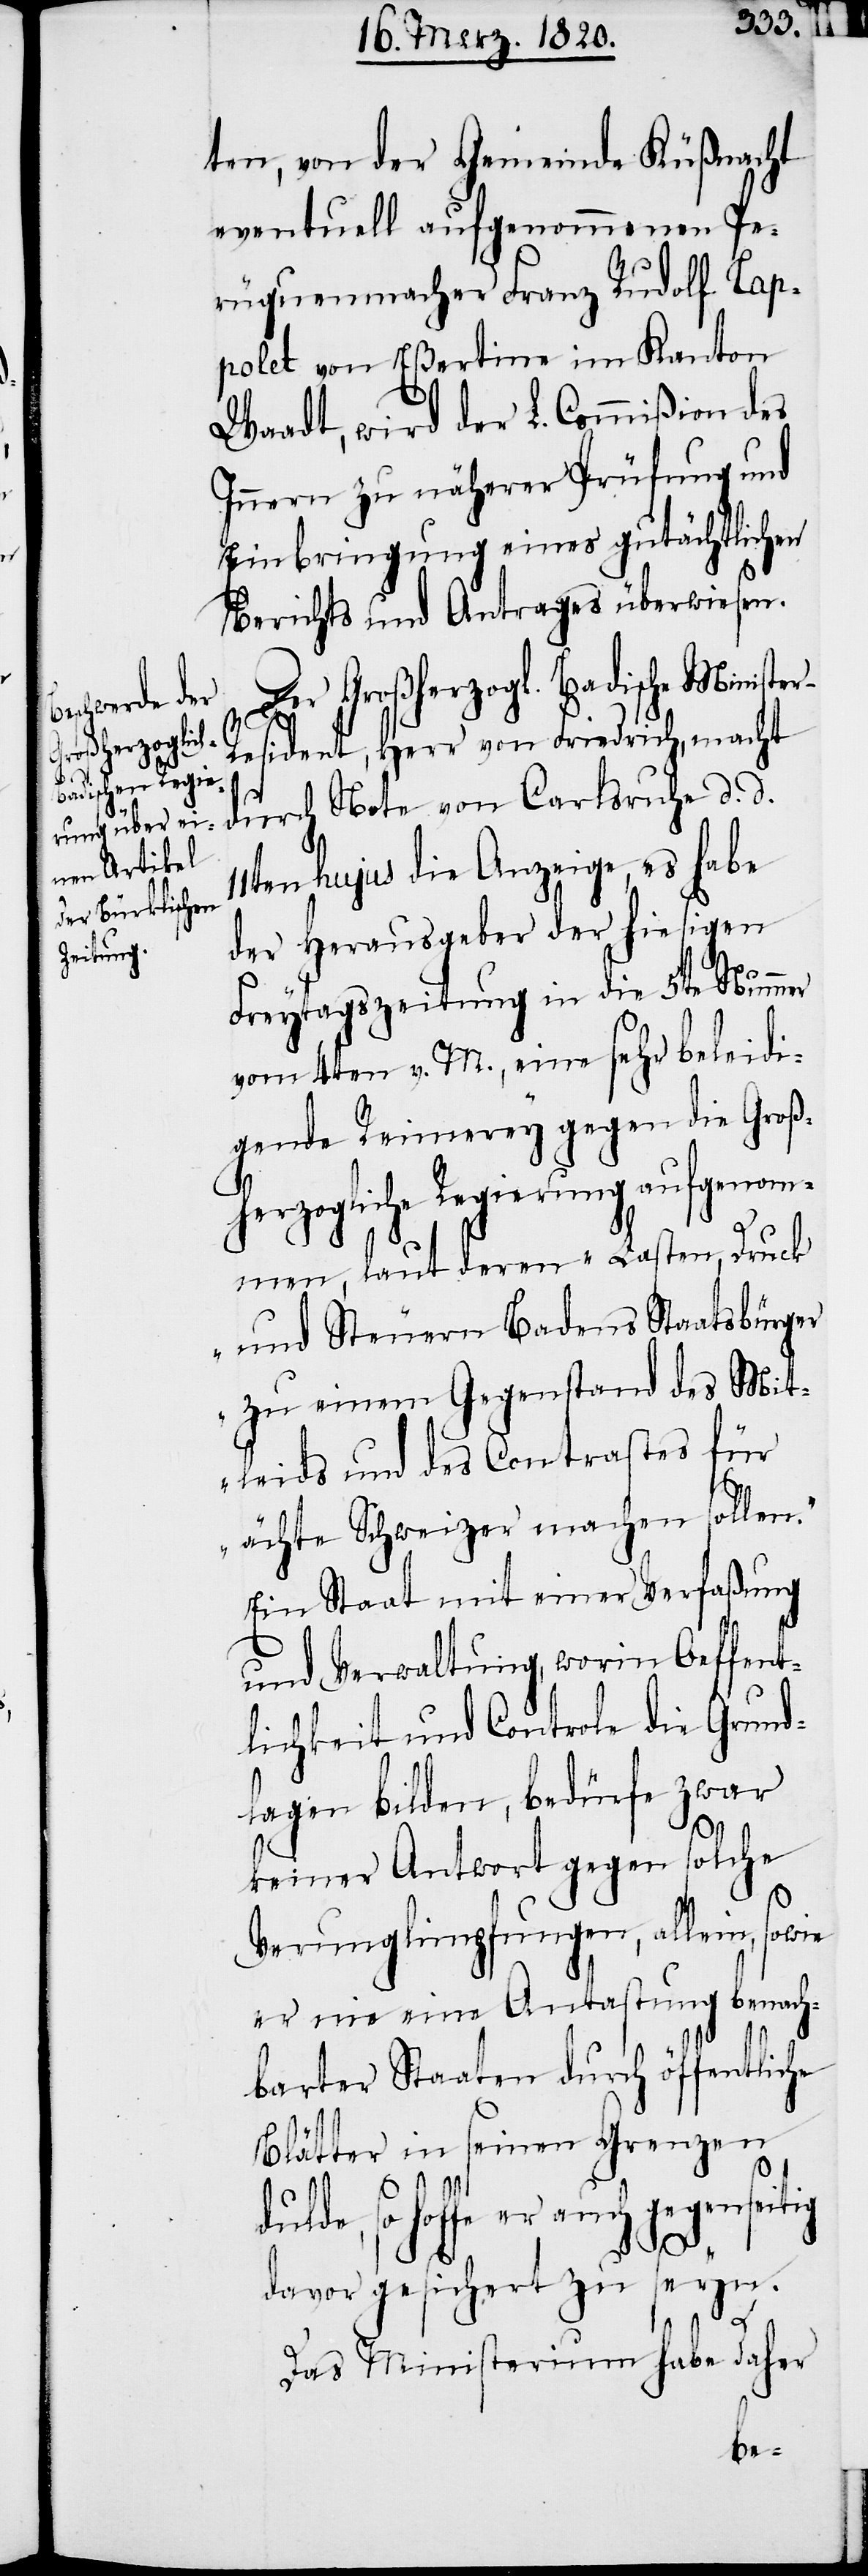
ten, von der Gemeinde Küßnacht
eventuell aufgenommenen Pe¬
rüquenmacher Franz Rudolf Tap¬
polet von Eßertine im Kanton
Waadt, wird der L. Commißion des
Innern zu näherer Prüfung und
Einbringung eines gutächtlichen
Berichts und Antrages überwiesen.
Der Großherzogl. Badische Ministe¬
11t¬
r-Resident, Herr von Friedrich, macht
durch Note von Carlsruhe d. d.
en hujus die Anzeige, es habe
der Herausgeber der hiesigen
Freytagszeitung in die 5te Nummer
vom 4ten v. M., eine sehr beleidi¬
gende Reimerey gegen die Groß¬
herzogliche Regierung aufgenom¬
men, laut deren „Lasten, Druck
und Steuern Badens Staatsbürger
zu einem Gegenstand des Mit¬
tleids und des Contrastes für
ächte Schweizer machen sollen.“
Ein Staat mit einer Verfaßung
und Verwaltung, worin Oeffent¬
lichkeit und Controle die Grund¬
lagen bilden, bedürfe zwar
keiner Antwort gegen solche
Verunglimpfungen, allein,
er nie eine Antastung benach¬
barter Staaten durch öffentliche
Blätter in seinen Grenzen
so hoffe er auch gegenseitig
davor gesichert zu seyn.
Das Ministerium habe daher